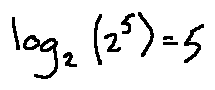
\log _ { 2 } ( 2 ^ { 5 } ) = 5